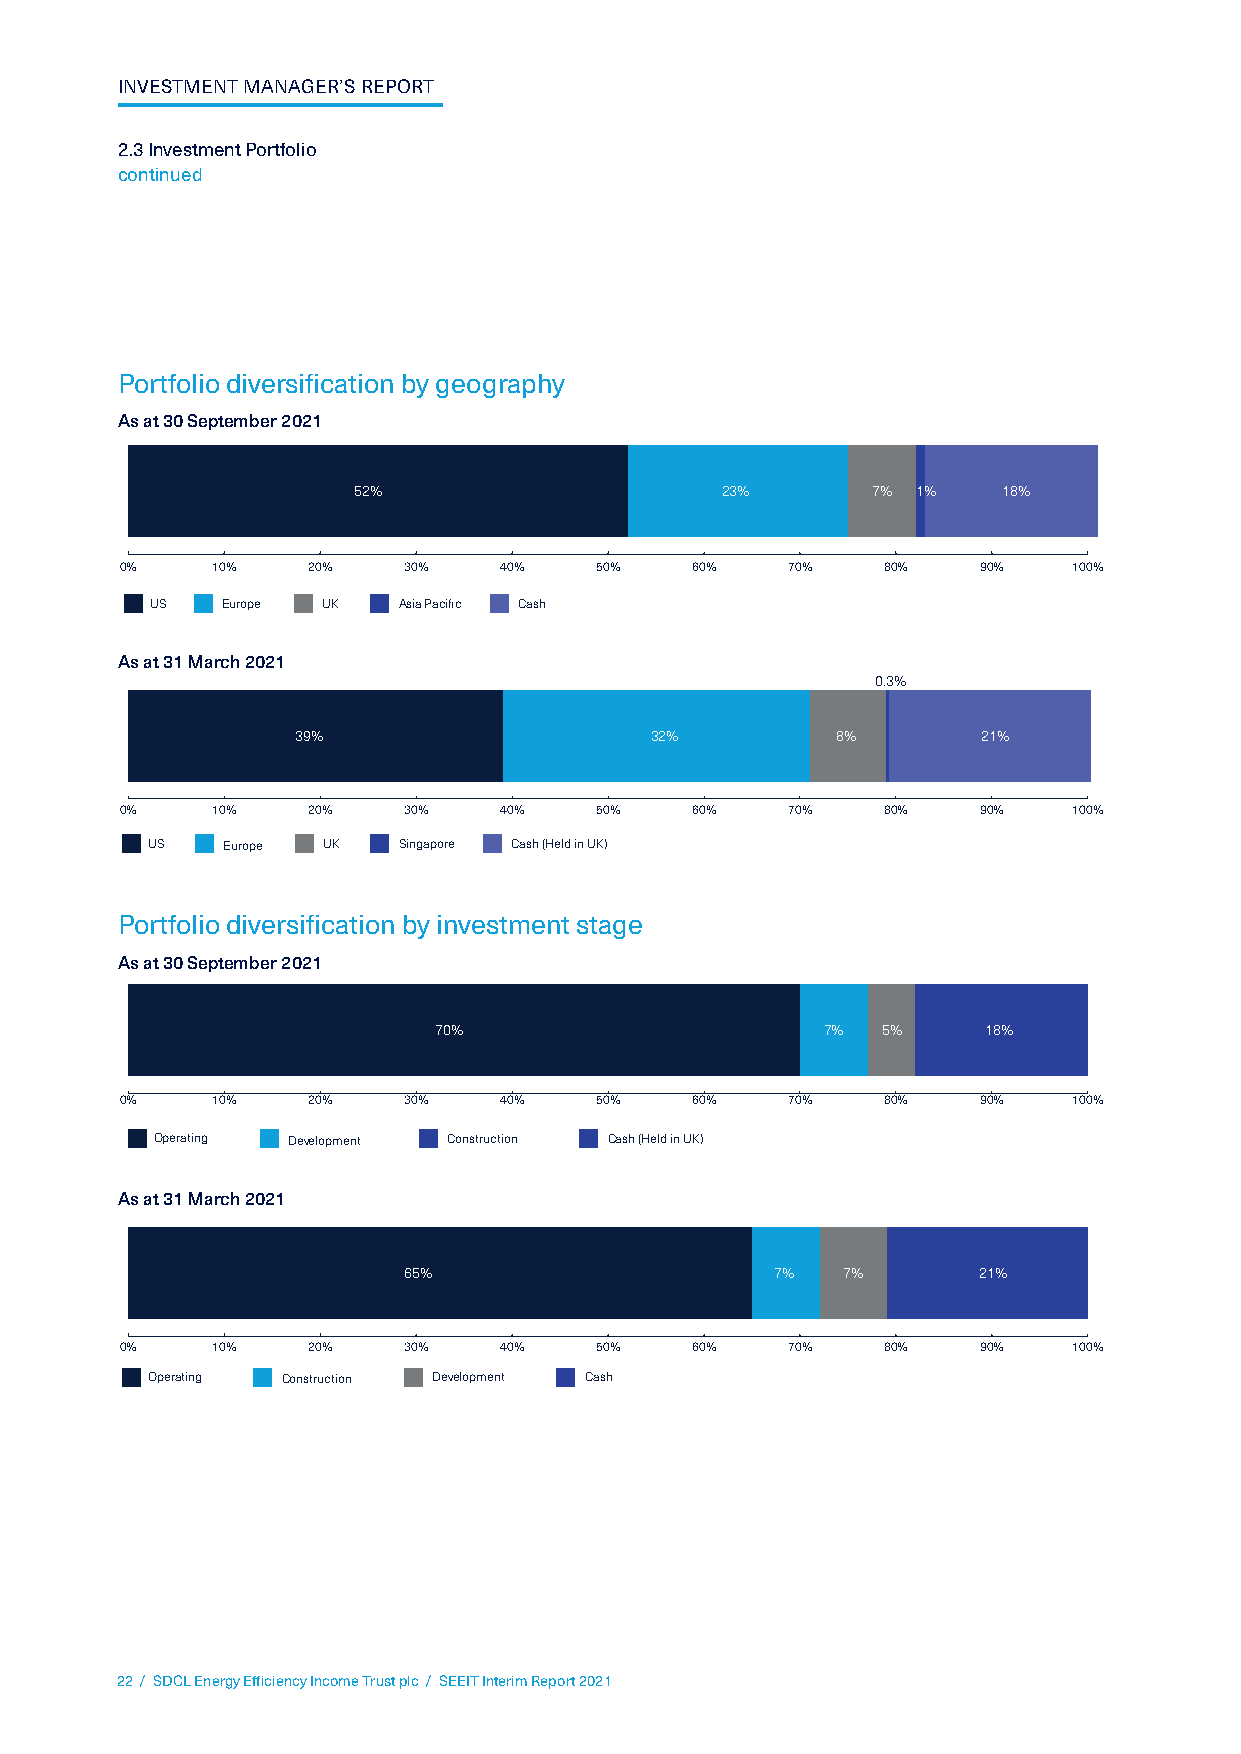
INVESTMENT MANAGER’S REPORT
 2.3 Investment Portfolio
 continued
 Portfolio diversification by geography
 As at 30 September 2021
 52%                      23%       7% 1%   18%
 0%    10%   20%    30%   40%   50%    60%   70%   80%    90%   100%
 US   Europe UK  Asia Pacific Cash
 As at 31 March 2021
 0.3%
 39%                     32%         8%        21%
 0%    10%   20%    30%   40%   50%    60%   70%   80%    90%   100%
 US   Europe UK  Singapore Cash (Held in UK)
 Portfolio diversification by investment stage
 As at 30 September 2021
 70%                      7%  5%     18%
 0%    10%   20%    30%   40%   50%    60%   70%   80%    90%   100%
 Operating Development Construction Cash (Held in UK)
 As at 31 March 2021
 65%                     7%   7%       21%
 0%    10%   20%    30%   40%   50%    60%   70%   80%    90%   100%
 Operating Construction Development Cash
 22 / SDCL Energy Efficiency Income Trust plc / SEEIT Interim Report 2021